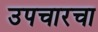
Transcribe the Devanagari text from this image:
उपचारचा